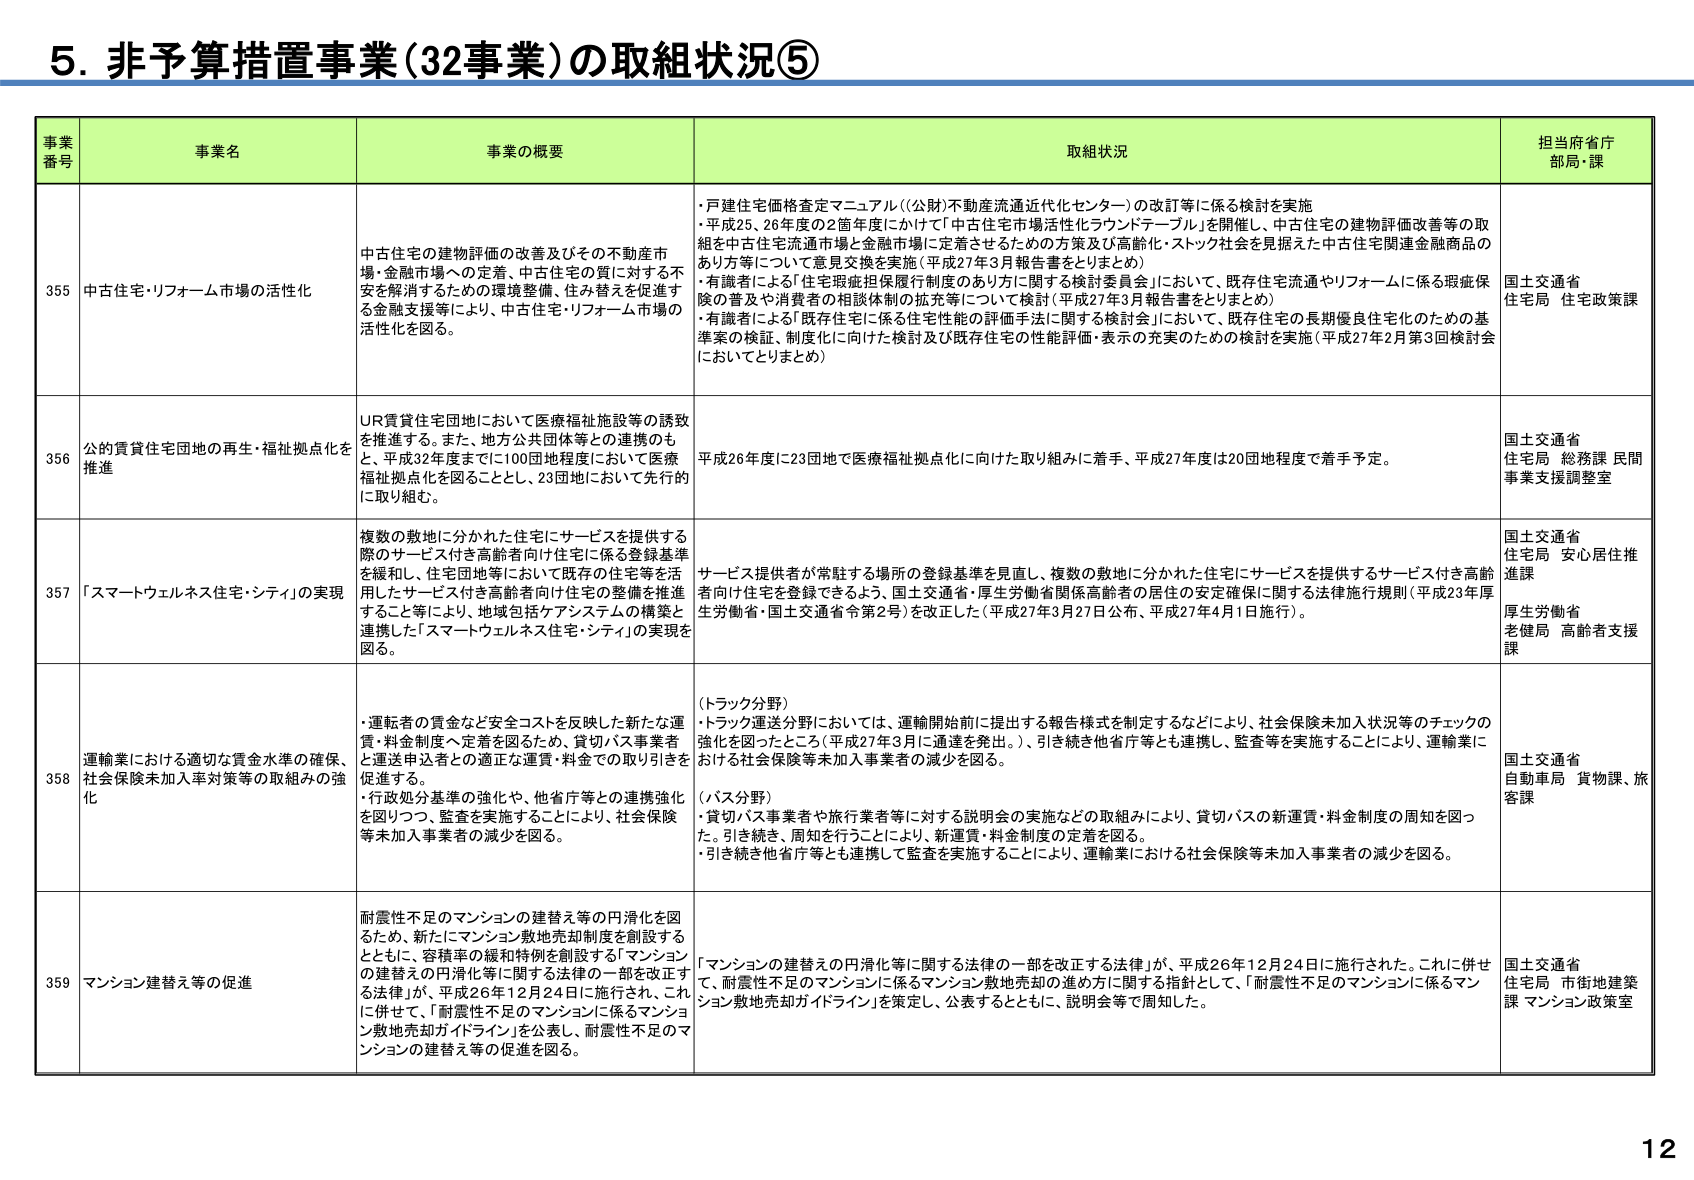
5. 非予算措置事業（32事業）の取組状況⑤

事業番号 事業名 事業の概要 取組状況 担当府省庁 部局・課

355 中古住宅・リフォーム市場の活性化 中古住宅の建物評価の改善及びその不動産市場・金融市場への定着、中古住宅の質に対する不安を解消するための環境整備、住み替えを促進する金融支援等により、中古住宅・リフォーム市場の活性化を図る。 ・戸建住宅価格査定マニュアル（（公財）不動産流通近代化センター）の改訂等に係る検討を実施 ・平成25、26年度の2箇年度にかけて「中古住宅市場活性化ラウンドテーブル」を開催し、中古住宅の建物評価改善等の取組を中古住宅流通市場と金融市場に定着させるための方策及び高齢化・ストック社会を見据えた中古住宅関連金融商品のあり方等について意見交換を実施（平成27年3月報告書をとりまとめ） ・有識者による「住宅瑕疵担保履行制度のあり方に関する検討委員会」において、既存住宅流通やリフォームに係る瑕疵保険の普及や消費者の相談体制の拡充等について検討（平成27年3月報告書をとりまとめ） ・有識者による「既存住宅に係る住宅性能の評価手法に関する検討会」において、既存住宅の長期優良住宅化のための基準案の検証、制度化に向けた検討及び既存住宅の性能評価・表示の充実のための検討を実施（平成27年2月第3回検討会においてとりまとめ） 国土交通省 住宅局 住宅政策課

356 公的賃貸住宅団地の再生・福祉拠点化を推進 UR賃貸住宅団地において医療福祉施設等の誘致を推進する。また、地方公共団体等との連携のもと、平成32年度までに100団地程度において医療福祉拠点化を図ることとし、23団地において先行的に取り組む。 平成26年度に23団地で医療福祉拠点化に向けた取り組みに着手、平成27年度は20団地程度で着手予定。 国土交通省 住宅局 総務課 民間事業支援調整室

357 「スマートウェルネス住宅・シティ」の実現 複数の敷地に分かれた住宅にサービスを提供する際のサービス付き高齢者向け住宅に係る登録基準を緩和し、住宅団地等において既存の住宅等を活用したサービス付き高齢者向け住宅の整備を推進すること等により、地域包括ケアシステムの構築と連携した「スマートウェルネス住宅・シティ」の実現を図る。 サービス提供者が常駐する場所の登録基準を見直し、複数の敷地に分かれた住宅にサービスを提供するサービス付き高齢者向け住宅を登録できるよう、国土交通省・厚生労働省関係高齢者の居住の安定確保に関する法律施行規則（平成23年厚生労働省・国土交通省令第2号）を改正した（平成27年3月27日公布、平成27年4月1日施行）。 国土交通省 住宅局 安心居住推進課 厚生労働省 老健局 高齢者支援課

358 運輸業における適切な賃金水準の確保、社会保険未加入率対策等の取組みの強化 ・運転者の賃金など安全コストを反映した新たな運賃・料金制度へ定着を図るため、貸切バス事業者と運送申込者との適正な運賃・料金での取り引きを促進する。 ・行政処分基準の強化や、他省庁等との連携強化を図りつつ、監査を実施することにより、社会保険等未加入事業者の減少を図る。 （トラック分野） ・トラック運送分野においては、運輸開始前に提出する報告様式を制定するなどにより、社会保険未加入状況等のチェックの強化を図ったところ（平成27年3月に通達を発出。）、引き続き他省庁等とも連携し、監査等を実施することにより、運輸業における社会保険等未加入事業者の減少を図る。 （バス分野） ・貸切バス事業者や旅行業者等に対する説明会の実施などの取組みにより、貸切バスの新運賃・料金制度の周知を図った。引き続き、周知を行うことにより、新運賃・料金制度の定着を図る。 ・引き続き他省庁等とも連携して監査を実施することにより、運輸業における社会保険等未加入事業者の減少を図る。 国土交通省 自動車局 貨物課、旅客課

359 マンション建替え等の促進 耐震性不足のマンションの建替え等の円滑化を図るため、新たにマンション敷地売却制度を創設するとともに、容積率の緩和特例を創設する「マンションの建替えの円滑化等に関する法律の一部を改正する法律」が、平成26年12月24日に施行され、これに併せて、「耐震性不足のマンションに係るマンション敷地売却ガイドライン」を公表し、耐震性不足のマンションの建替え等の促進を図る。 「マンションの建替えの円滑化等に関する法律の一部を改正する法律」が、平成26年12月24日に施行された。これに併せて、耐震性不足のマンションに係るマンション敷地売却の進め方に関する指針として、「耐震性不足のマンションに係るマンション敷地売却ガイドライン」を策定し、公表するとともに、説明会等で周知した。 国土交通省 住宅局 市街地建築課 マンション政策室

12